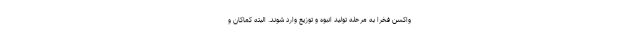
واکسن فخرا به مرحله تولید انبوه و توزیع وارد شوند. البته کماکان و